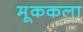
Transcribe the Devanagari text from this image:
मूककला